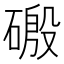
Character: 磤